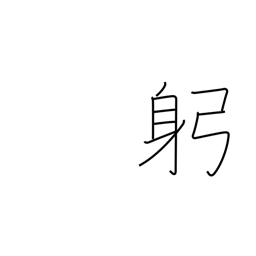
Meaning: body